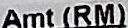
AMT(RM)